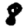
Digit: 8